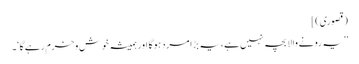
(قصوری)]
’’یہ رونے والا بچہ نہیں ہے، یہ بڑا مرد ہوگا اور ہمیشہ خوش وخرم رہےگا‘۔